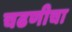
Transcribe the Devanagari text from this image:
चढणीचा